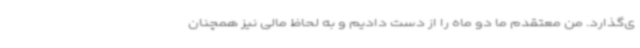
ی‌گذارد. من معتقدم ما دو ماه را از دست دادیم و به لحاظ مالی نیز همچنان